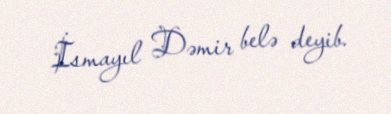
İsmayıl Dəmir belə deyib.